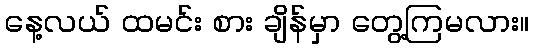
နေ့လယ် ထမင်း စား ချိန်မှာ တွေ့ကြမလား။